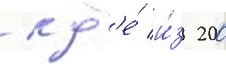
/ гд'е́ и́з 200